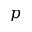
p